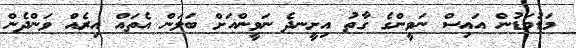
މަޑުމަޑުން އައިސް ނަވީންގެ ގާތު އިށީނދެ ނަވީންއަށް ބަލަން އެތައް އިރެއް ވަންދެން